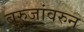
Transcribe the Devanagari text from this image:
बुरुजांवरुन